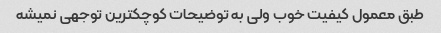
طبق معمول کیفیت خوب ولی به توضیحات کوچکترین توجهی نمیشه